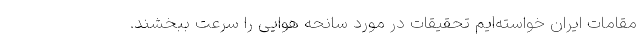
مقامات ایران خواسته‌ایم تحقیقات در مورد سانحه هوایی را سرعت ببخشند.